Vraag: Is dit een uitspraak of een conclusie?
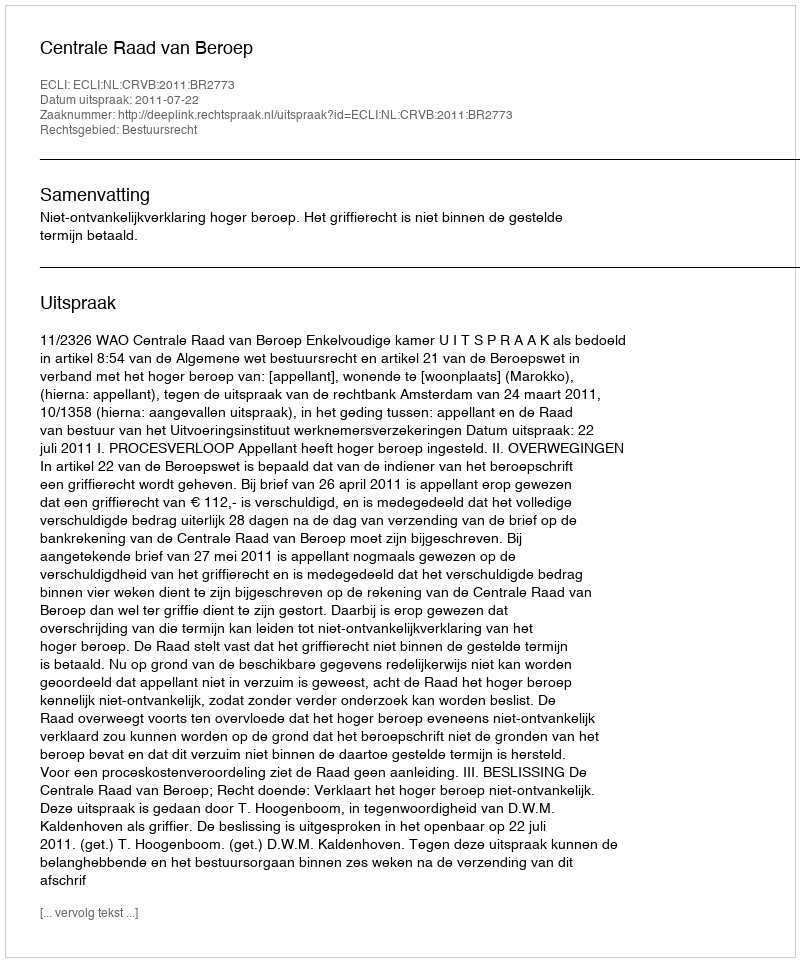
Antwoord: Uitspraak